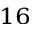
^ { 1 6 }